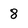
Character: 8